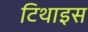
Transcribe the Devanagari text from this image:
टिथाइस